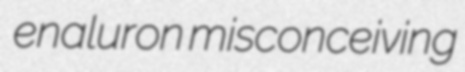
enaluron misconceiving